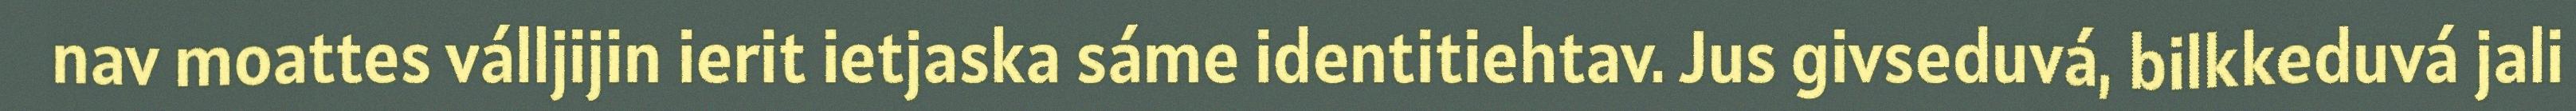
nav moattes válljijin ierit ietjaska sáme identitiehtav. Jus givseduvá, bilkkeduvá jali